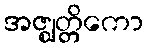
အဇ္ဈတ္တိကော